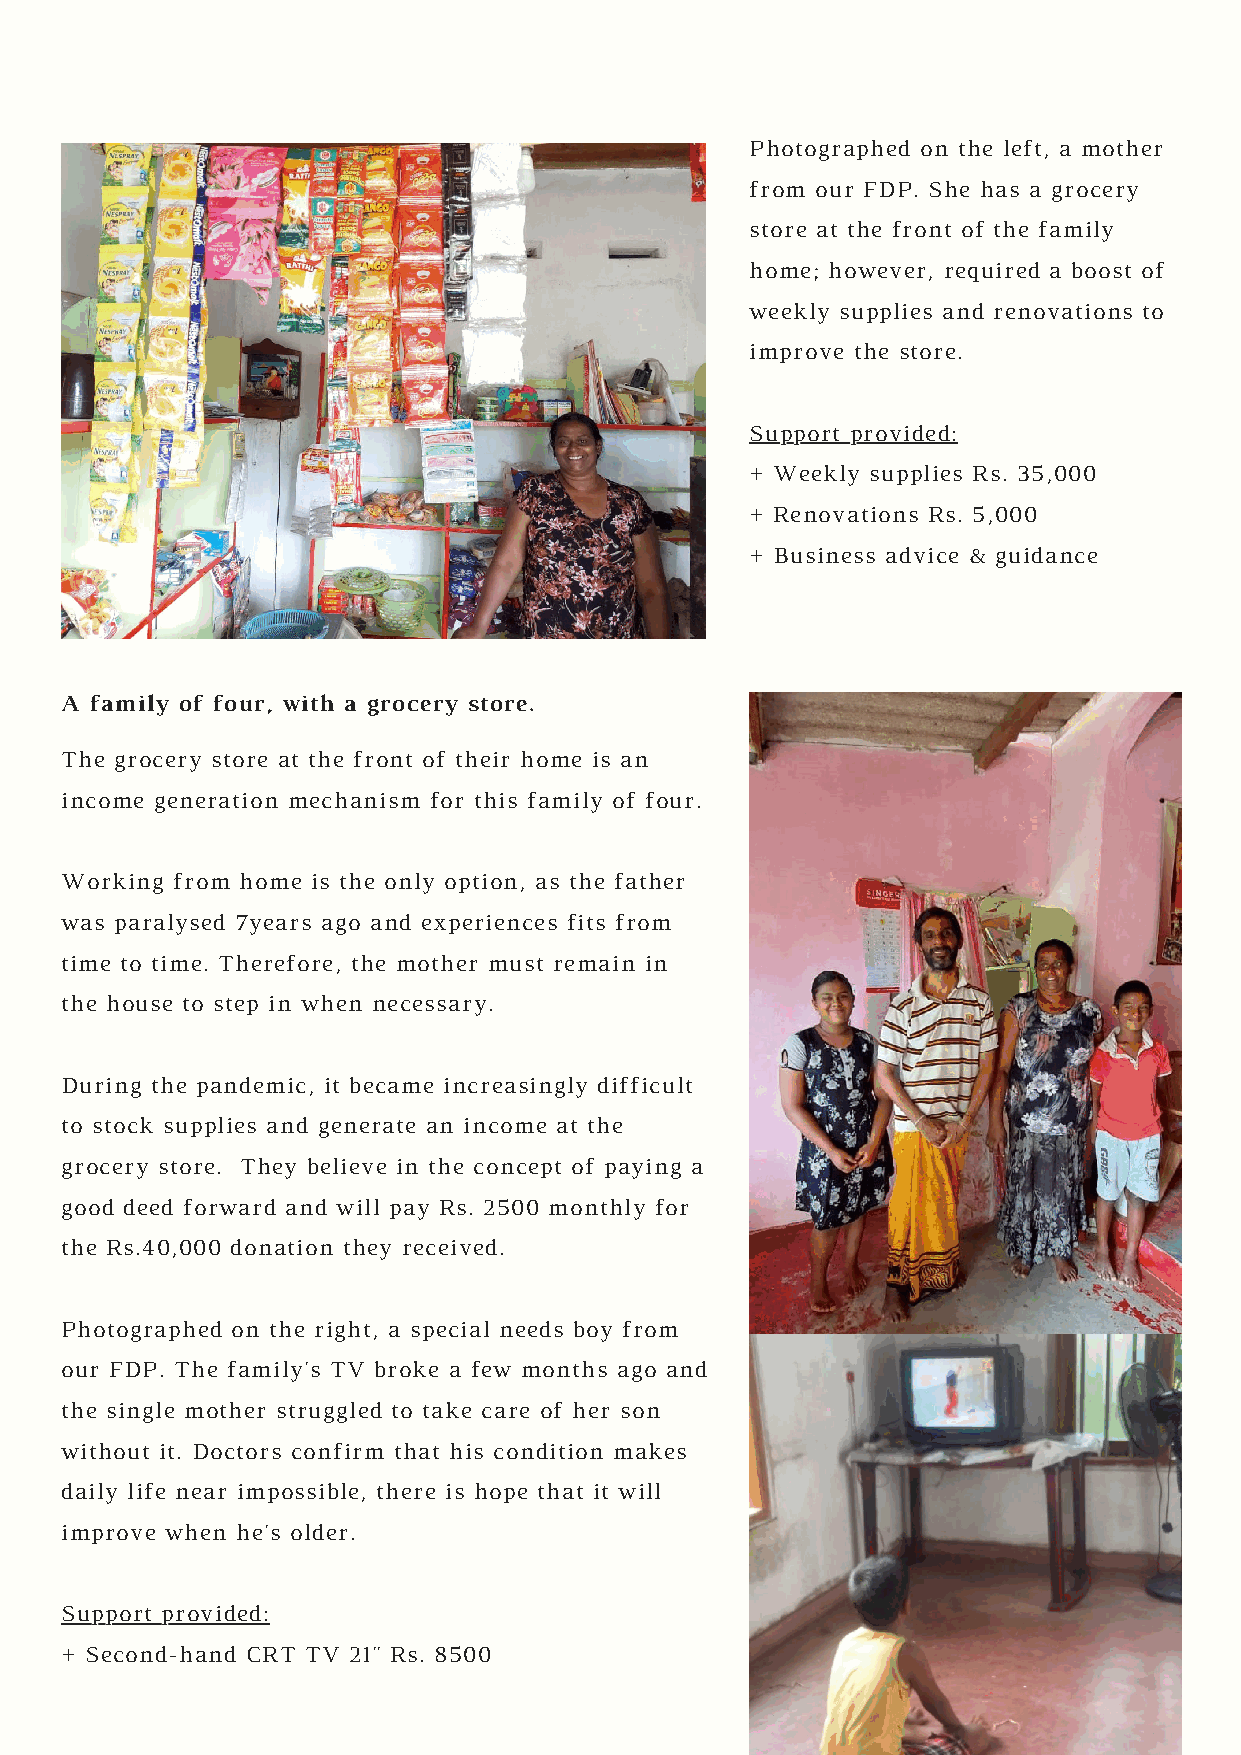
Photographed on the left, a mother
 from our FDP. She has a grocery
 store at the front of the family
 home; however, required a boost of
 weekly supplies and renovations to
 improve the store.
 Support provided:
 + Weekly supplies Rs. 35,000
 + Renovations Rs. 5,000
 + Business advice & guidance
 PHOTO BY MARTIN R. SMITH
 A family of four, with a grocery store.
 The grocery store at the front of their home is an
 income generation mechanism for this family of four.
 Working from home is the only option, as the father
 was paralysed 7years ago and experiences fits from
 time to time. Therefore, the mother must remain in
 the house to step in when necessary.
 During the pandemic, it became increasingly difficult
 to stock supplies and generate an income at the
 grocery store. They believe in the concept of paying a
 good deed forward and will pay Rs. 2500 monthly for
 the Rs.40,000 donation they received.
 Photographed on the right, a special needs boy from
 our FDP. The family's TV broke a few months ago and
 the single mother struggled to take care of her son
 without it. Doctors confirm that his condition makes
 daily life near impossible, there is hope that it will
 improve when he's older.
 Support provided:
 + Second-hand CRT TV 21" Rs. 8500